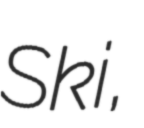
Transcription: Ski,